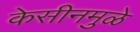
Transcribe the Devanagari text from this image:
केसीनमुळे